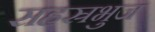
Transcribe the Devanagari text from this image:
सहस्रभुज